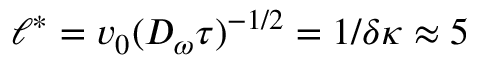
\ell ^ { * } = v _ { 0 } ( D _ { \omega } \tau ) ^ { - 1 / 2 } = 1 / \delta \kappa \approx 5